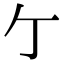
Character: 亇